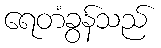
ရေတံခွန်သည်